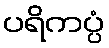
ပရိကပ္ပံ